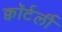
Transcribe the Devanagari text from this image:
क्वॉर्टर्ली